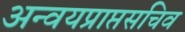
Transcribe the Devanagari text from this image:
अन्वयप्राप्तसचिव